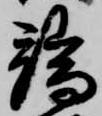
端